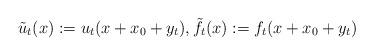
LaTeX: \begin{align*}\tilde u_t(x):=u_t(x+x_0+y_t), \tilde f_t(x):=f_t(x+x_0+y_t)\end{align*}